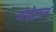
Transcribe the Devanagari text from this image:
मोडेनन